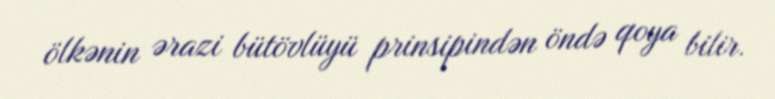
ölkənin ərazi bütövlüyü prinsipindən öndə qoya bilir.